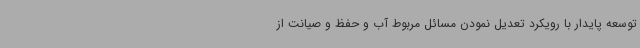
توسعه پایدار با رویکرد تعدیل نمودن مسائل مربوط آب و حفظ و صیانت از